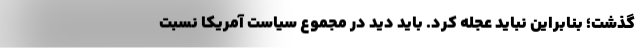
گذشت؛ بنابراین نباید عجله کرد. باید دید در مجموع سیاست آمریکا نسبت